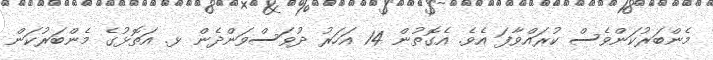
މެންބަރުކަންވެސް ކުރައްވާފަ އެވެ. އެގޮތުން 14 އަހަރު ދުވަސްވަންދެން ޅ. އަތޮޅުގެ މެންބަރުކަން